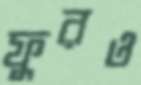
ফুরও